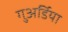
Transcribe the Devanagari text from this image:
गुअर्डिया